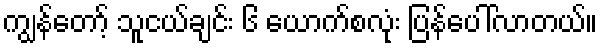
ကျွန်တော့် သူငယ်ချင်း ၆ ယောက်စလုံး ပြန်ပေါ်လာတယ်။